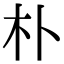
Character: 朴